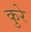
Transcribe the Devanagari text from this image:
कुरे